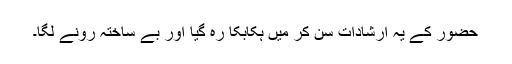
حضور کے یہ ارشادات سن کر میں ہکابکا رہ گیا اور بے ساختہ رونے لگا۔